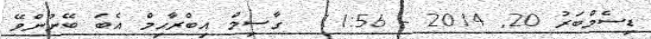
ޑިސެމްބަރު 20